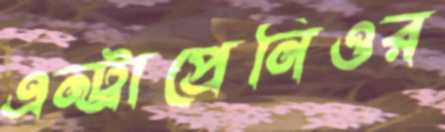
এন্ট্রাপ্রেনিওর